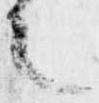
之